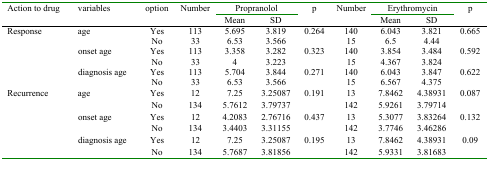
| <ROWSPAN=2> Action to drug | <ROWSPAN=2> variables | <ROWSPAN=2> option | <ROWSPAN=2> Number | <COLSPAN=2> Propranolol | <ROWSPAN=2> p | <ROWSPAN=2> Number | <COLSPAN=2> Erythromycin | <ROWSPAN=2> p |
 | Mean | SD | Mean | SD |
 | --- | --- | --- | --- | --- | --- | --- | --- | --- | --- | --- |
 | <ROWSPAN=6> Response | <ROWSPAN=2> age | Yes | 113 | 5.695 | 3.819 | <ROWSPAN=2> 0.264 | 140 | 6.043 | 3.821 | <ROWSPAN=2> 0.665 |
 | No | 33 | 6.53 | 3.566 | 15 | 6.5 | 4.44 |
 | <ROWSPAN=2> onset age | Yes | 113 | 3.358 | 3.282 | <ROWSPAN=2> 0.323 | 140 | 3.854 | 3.484 | <ROWSPAN=2> 0.592 |
 | No | 33 | 4 | 3.223 | 15 | 4.367 | 3.824 |
 | <ROWSPAN=2> diagnosis age | Yes | 113 | 5.704 | 3.844 | <ROWSPAN=2> 0.271 | 140 | 6.043 | 3.847 | <ROWSPAN=2> 0.622 |
 | No | 33 | 6.53 | 3.566 | 15 | 6.567 | 4.375 |
 | <ROWSPAN=6> Recurrence | <ROWSPAN=2> age | Yes | 12 | 7.25 | 3.25087 | <ROWSPAN=2> 0.191 | 13 | 7.8462 | 4.38931 | <ROWSPAN=2> 0.087 |
 | No | 134 | 5.7612 | 3.79737 | 142 | 5.9261 | 3.79714 |
 | <ROWSPAN=2> onset age | Yes | 12 | 4.2083 | 2.76716 | <ROWSPAN=2> 0.437 | 13 | 5.3077 | 3.83264 | <ROWSPAN=2> 0.132 |
 | No | 134 | 3.4403 | 3.31155 | 142 | 3.7746 | 3.46286 |
 | <ROWSPAN=2> diagnosis age | Yes | 12 | 7.25 | 3.25087 | <ROWSPAN=2> 0.195 | 13 | 7.8462 | 4.38931 | <ROWSPAN=2> 0.09 |
 | No | 134 | 5.7687 | 3.81856 | 142 | 5.9331 | 3.81683 |